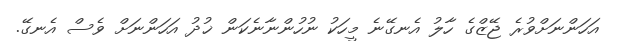
އަހަންނަށްވުރެ ޖޭޒްގެ ހާލު އެނގޭނެ މީހަކު ނުހުންނާނެކަން ޚުދު އަހަންނަށް ވެސް އެނގޭ.